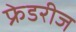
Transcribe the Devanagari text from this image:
फ्रेडरीज